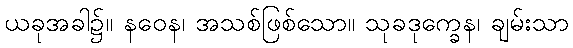
ယခုအခါ၌။ နဝေန၊ အသစ်ဖြစ်သော။ သုခဒုက္ခေန၊ ချမ်းသာ